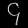
Digit: ၄